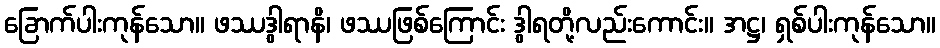
ခြောက်ပါးကုန်သော။ ဖဿဒွါရာနိ၊ ဖဿဖြစ်ကြောင်း ဒွါရတို့လည်းကောင်း။ အဋ္ဌ၊ ရှစ်ပါးကုန်သော။